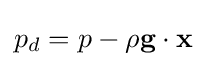
p_{d}=p-\rho {\bf {g}}\cdot {\bf {x}}